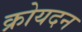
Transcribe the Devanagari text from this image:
क्रोयदन